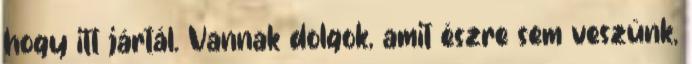
hogy itt jártál. Vannak dolgok, amit észre sem veszünk,